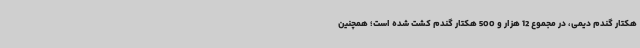
هکتار گندم دیمی، در مجموع 12 هزار و 500 هکتار گندم کشت شده است؛ همچنین